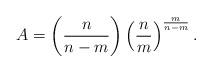
LaTeX: \begin{align*}A = \left( \frac{n}{n-m} \right) \left( \frac{n}{m} \right)^{ \frac{m}{n-m}}.\end{align*}